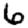
Digit: 6